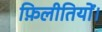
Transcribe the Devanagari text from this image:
फ़िलीतियों।